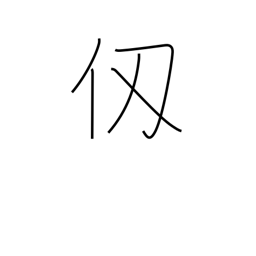
Meaning: fathom